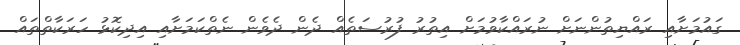
ގައުމަށާއި ރައްޔިތުންނަށް ނުރައްކާވުމަށް އިތުރު ފުރުސަތެއް ދެން ދެވެން ނެތްކަމަށާއި އިދިކޮޅު ހަރަކާތްތައް